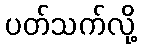
ပတ်သက်လို့